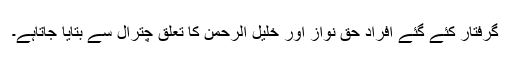
گرفتار کئے گئے افراد حق نواز اور خلیل الرحمن کا تعلق چترال سے بتایا جاتاہے۔